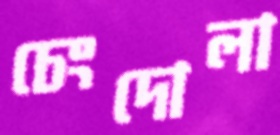
চেংদোলা